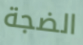
الضجة